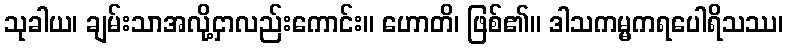
သုခါယ၊ ချမ်းသာအလို့ငှာလည်းကောင်း။ ဟောတိ၊ ဖြစ်၏။ ဒါသကမ္မကရပေါရိသဿ၊